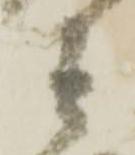
其